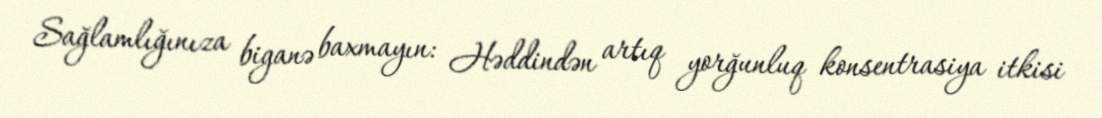
Sağlamlığınıza biganə baxmayın: Həddindən artıq yorğunluq konsentrasiya itkisi